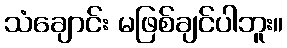
သံချောင်း မဖြစ်ချင်ပါဘူး။